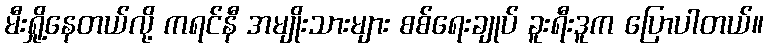
မီးရှို့နေတယ်လို့ ကရင်နီ အမျိုးသားများ စစ်ရေးချုပ် ခူးရီးဒူက ပြောပါတယ်။